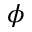
\phi